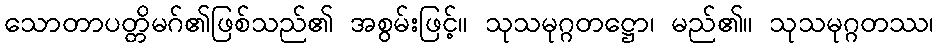
သောတာပတ္တိမဂ်၏ဖြစ်သည်၏ အစွမ်းဖြင့်။ သုသမုဂ္ဂတဋ္ဌော၊ မည်၏။ သုသမုဂ္ဂတဿ၊